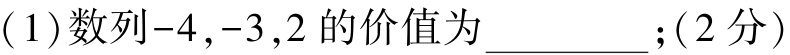
(1)数列\(-4,-3,2\)的价值为__________；(2分)